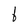
Character: b